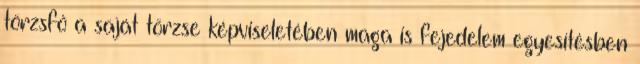
törzsfő a saját törzse képviseletében maga is fejedelem egyesítésben